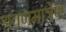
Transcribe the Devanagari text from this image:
श्रवणमात्रेण